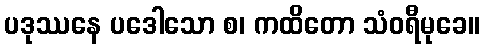
ပဒုဿနေ ပဒေါသော စ၊ ကထိတော သံဝရီမုခေ။